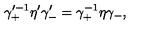
\gamma _ { + } ^ { \prime - 1 } \eta ^ { \prime } \gamma _ { - } ^ { \prime } = \gamma _ { + } ^ { - 1 } \eta \gamma _ { - } ,